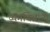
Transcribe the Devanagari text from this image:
व्यंगचित्रांनी